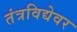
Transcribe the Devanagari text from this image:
तंत्रविद्येवर